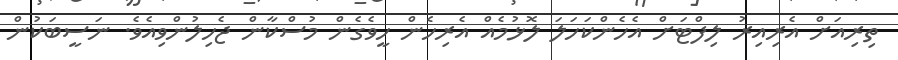
ތިރިއަށް އެރިއިރު ލިފްޓަށް އެހެންކަހަލަ ލޮޅުމެއް އެރިހެން ހީވެގެން މުސްކާން ޖެހިލުންވިއެވެ. ނަސީބަކުން